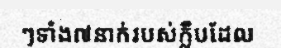
ៗទាំង៧នាក់របស់ក្លឹបដែល